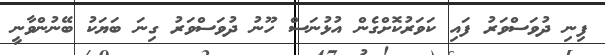
ފިނި ދުވަސްވަރު ފައި ކަވަރުކޮށްގެން އުޅުނަސް ހޫނު ދުވަސްވަރު ގިނަ ބަޔަކު ބޭނުންވާނީ